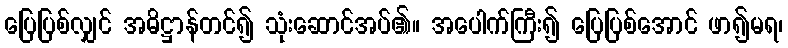
ပြေပြစ်လျှင် အဓိဋ္ဌာန်တင်၍ သုံးဆောင်အပ်၏။ အပေါက်ကြီး၍ ပြေပြစ်အောင် ဖာ၍မရ၊